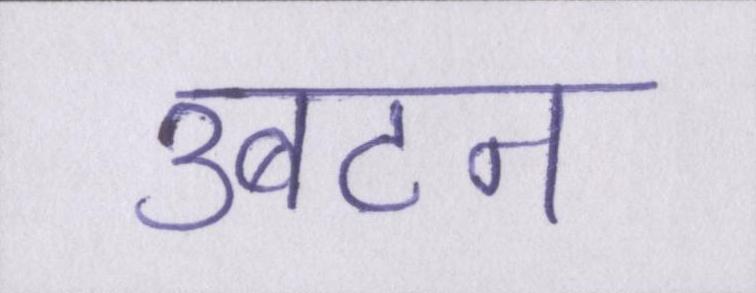
उबटन